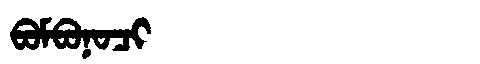
Manchu: ᠪᠣᠮᠪᠣᠨᠣᠴᡳ
Romanization: BOMBONOCI